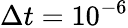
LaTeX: \Delta t=10^{-6}